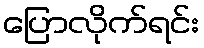
ပြောလိုက်ရင်း